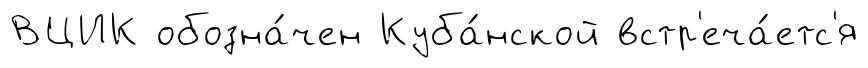
ВЦИК обозна́чен Куба́нской встр'еча́етс'я